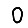
Digit: 0